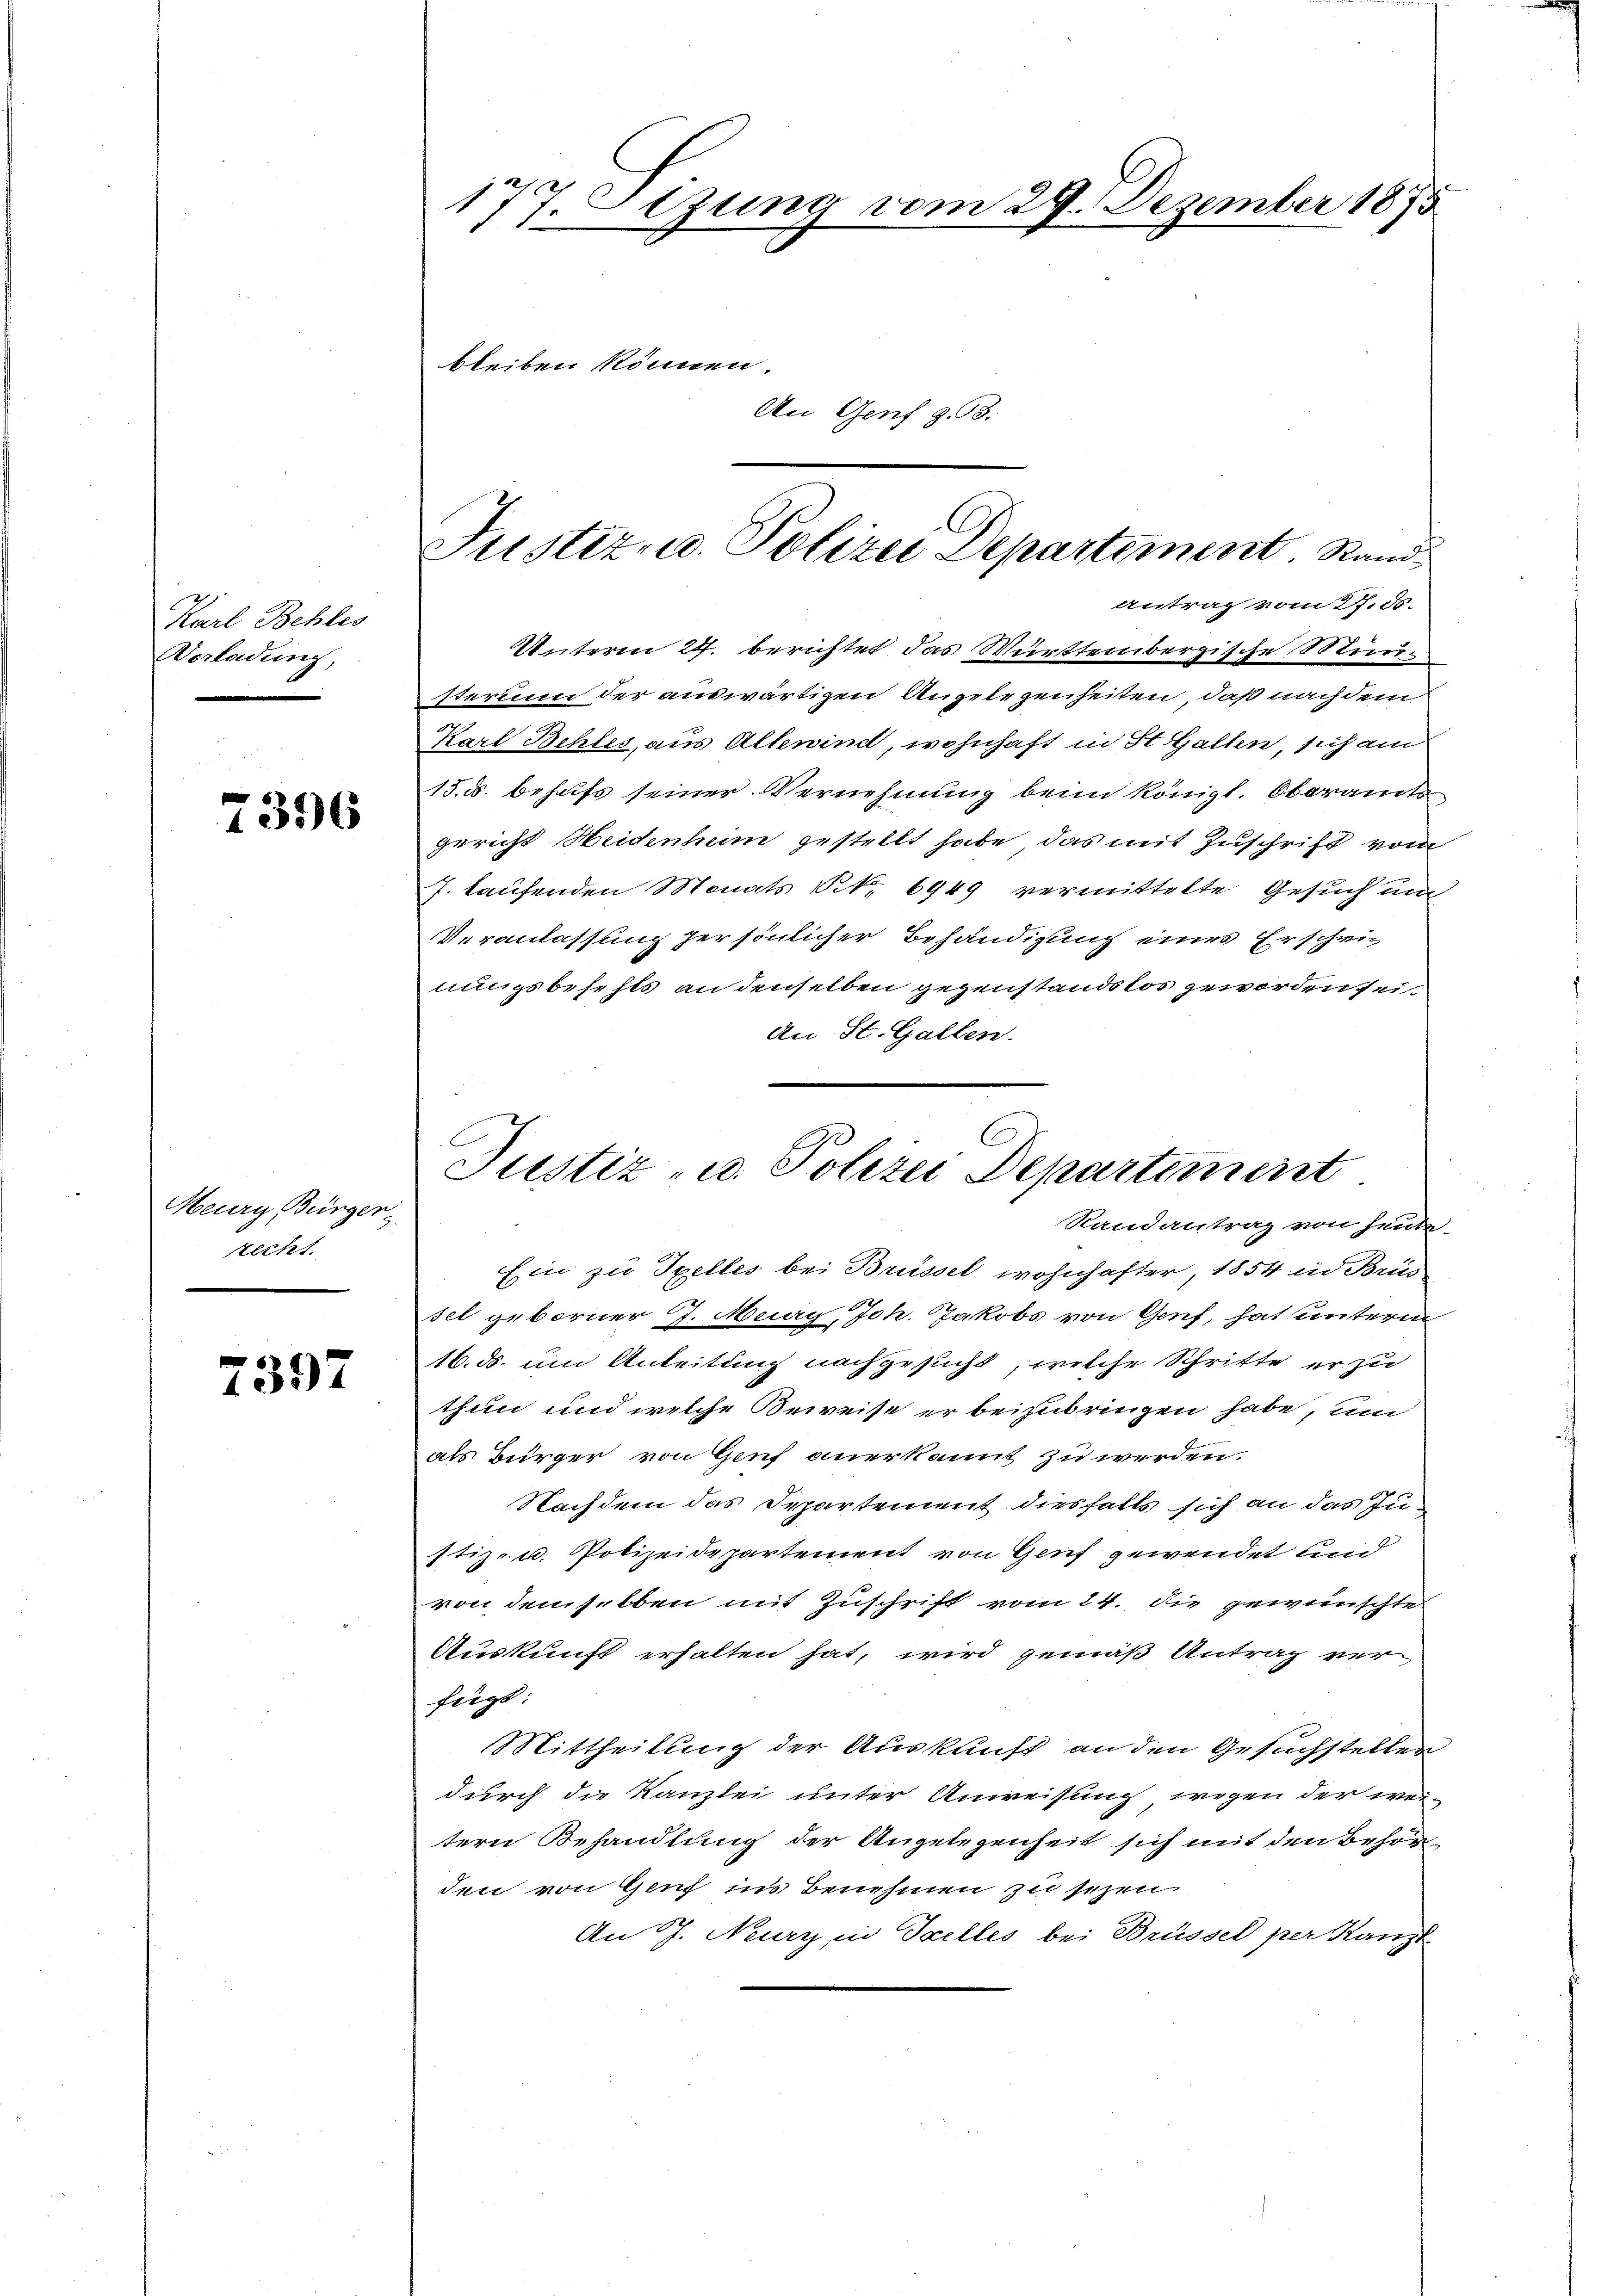
Karl Behles
Vorladung,

396

Meurg, Bürger
recht.

7397

f
111tzung vom 29. Dezember 1875

bleiben können.
An Genf § 98.

Unteren 22. berichtet das Württembergische Mün¬
Iterium der auswärtigen Angelegenheiten, daß nachdem
Karl Behles, aus Allerind, wohnhaft in St. Gallen, sich au
15. d. behufs seiner Vernehmung beim Königl. Oberamts
gericht Heidenheim gestellt habe, das mit Zuschrift vom
J. laufenden Monats Nr. 6949 vermittelte Gesuch un
Veranlassung persönlicher Behändigung eines Erschwinungsbefests an denselben gegenstandslos geworden seit
An St. Gallen.
Ein zu Txelles bei Brüssel wohnhafter, 1854 in Brus
sel geborner J. Mury, Joh. Jakobs von Genf, hat unterm
16. ds. um Anleitung nachgesucht, welche Schritte er zu
thun und welche Beweise er beizubringen habe, um
als Bürger von Genf anerkannt zu werden.
Nachdem das Departement diesfalls sich an das Justiz- u. Polizeidepartement von Genf gewendet und
von demselben mit Zuschrift vom 24. die geweinschten
Auskunft erhalten hat, wird gemäß Antrag ver
fügt:
Mittheilung der Auskunft an den Gesuchsteller
durch die Kanzlei unter Anweisung wegen der wei-
tern Behandlung der Angelegenheit sich mit den Behörden von Genf ins Benehmen zu sezen
An J. Neury in Stelles bei Brüssel per Kanzl

Justiz u. Polizei Departement. Stand¬
Antrag vom 27. ds.

C
Justiz- u. Polizei Departement
Randantrag von heute